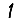
Digit: 1